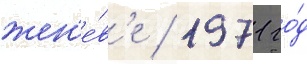
жен'е́в'е / 1971 го́д